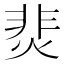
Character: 𩇭